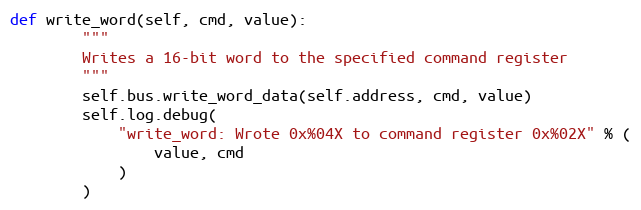
Language: Python
def write_word(self, cmd, value):
        """
        Writes a 16-bit word to the specified command register
        """
        self.bus.write_word_data(self.address, cmd, value)
        self.log.debug(
            "write_word: Wrote 0x%04X to command register 0x%02X" % (
                value, cmd
            )
        )